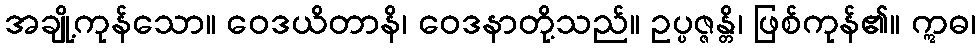
အချို့ကုန်သော။ ဝေဒယိတာနိ၊ ဝေဒနာတို့သည်။ ဥပ္ပဇ္ဇန္တိ၊ ဖြစ်ကုန်၏။ ဣဓ၊